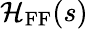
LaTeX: \mathcal{H}_{\mathrm{{FF}}}(s)